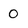
Character: 0